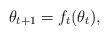
LaTeX: \begin{align*}\theta_{t+1}=f_t(\theta_t),\end{align*}